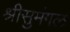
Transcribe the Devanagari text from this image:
श्रीसुमंगल